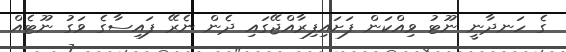
ގެ ހަނދާނީ ނޫޓު ވިއްކަން ފަށައިފިރާއްޖޭގައި ދެން ނެރޭ ފައިސާގެ ވަގު ނޫޓެއް